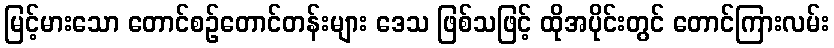
မြင့်မားသော တောင်စဉ်တောင်တန်းများ ဒေသ ဖြစ်သဖြင့် ထိုအပိုင်းတွင် တောင်ကြားလမ်း